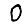
Digit: 0